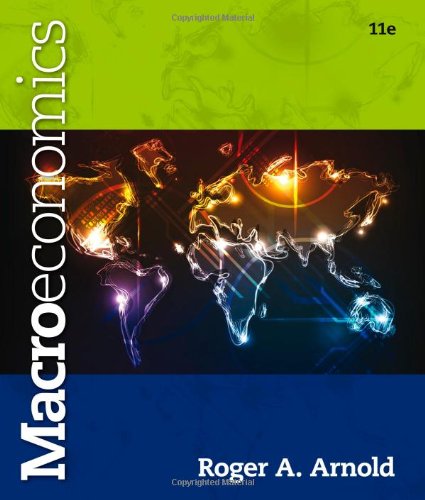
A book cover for Macroeconomics, 11th Edition; Roger A. Arnold; Business & Money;